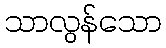
သာလွန်သော